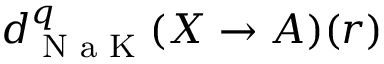
d _ { \textrm { N a K } } ^ { q } ( X \to A ) ( r )